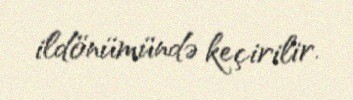
ildönümündə keçirilir.